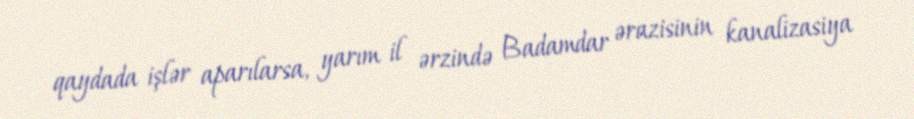
qaydada işlər aparılarsa, yarım il ərzində Badamdar ərazisinin kanalizasiya